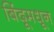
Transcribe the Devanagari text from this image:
बिंदूमधून